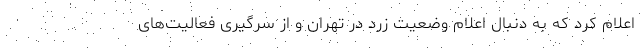
اعلام کرد که به دنبال اعلام وضعیت زرد در تهران و از سرگیری فعالیت‌های